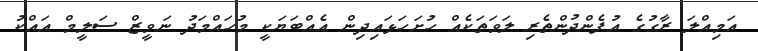
އަމިއްލަ ރާގުގެ އުފެންދުންތެރި ލަވަތަކެއް ހުށަހަޅައިދިން އެއްބަޔަކީ މުހައްމަދު ނަވީޒް ސަލީމް އައްކު